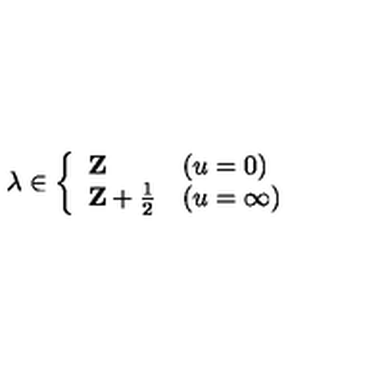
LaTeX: \lambda \in \left\{ \begin{array} { l l } { { \bf Z } } & { ( u = 0 ) } \\ { { \bf Z } + \frac 1 2 } & { ( u = \infty ) } \\ \end{array} \right.